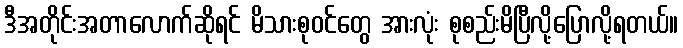
ဒီအတိုင်းအတာလောက်ဆိုရင် မိသားစုဝင်တွေ အားလုံး စုစည်းမိပြီလို့ပြောလို့ရတယ်။